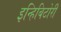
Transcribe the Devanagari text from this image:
इन्हिबिटोरी